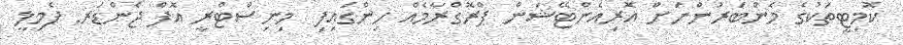
ކޮމިޓީތަކުގެ މެންބަރުންނަށް އޮރިއެންޓޭޝަން ޕްރޮގްރާމެއް ހިންގައިފި  މިނިސްޓްރީ އޮފް ޖެންޑަރ